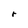
Character: r